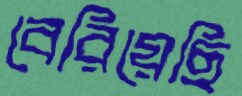
বেরিয়েছি